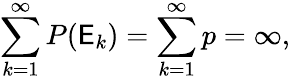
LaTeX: \sum_{k=1}^{\infty}P(\mathsf{E}_{k})=\sum_{k=1}^{\infty}p=\infty,